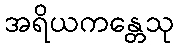
အရိယကန္တေသု